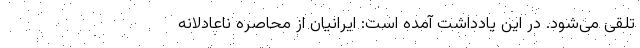
تلقی می‌شود. در این یادداشت آمده است: ایرانیان از محاصره ناعادلانه